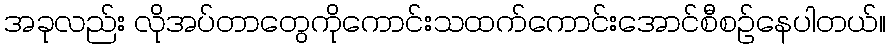
အခုလည်း လိုအပ်တာတွေကိုကောင်းသထက်ကောင်းအောင်စီစဉ်နေပါတယ်။